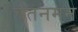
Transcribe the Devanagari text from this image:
चेतनमन